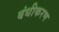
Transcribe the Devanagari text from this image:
बंधीकरण